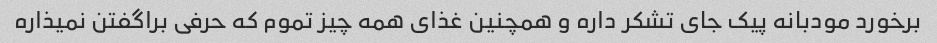
برخورد مودبانه پیک جای تشکر داره و همچنین غذای همه چیز تموم که حرفی براگفتن نمیذاره